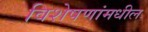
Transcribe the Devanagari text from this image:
विशेषणांमधील